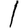
Digit: 1